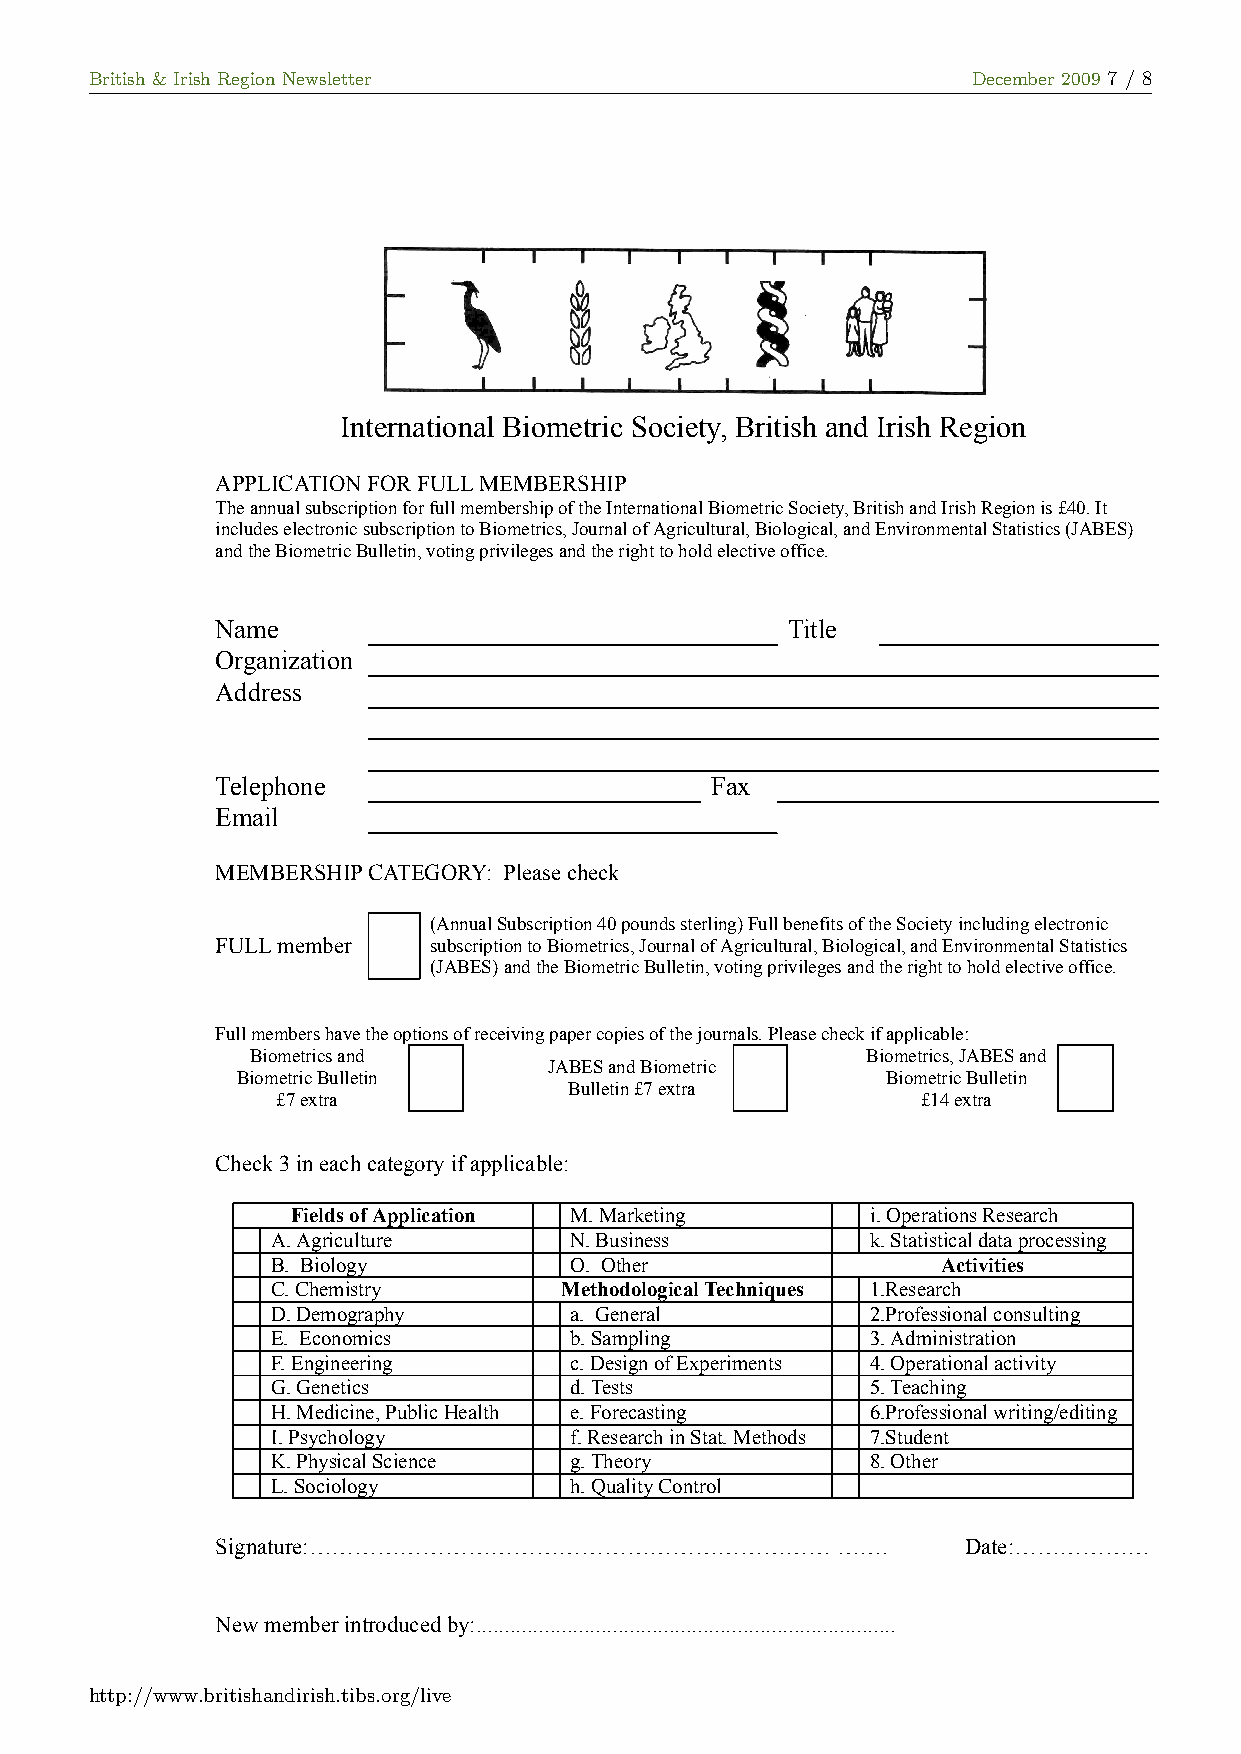
British & Irish Region Newsletter                         December 2009 7 / 8
 International Biometric Society, British and Irish Region
 APPLICATION FOR FULL MEMBERSHIP
 The annual subscription for full membership of the International Biometric Society, British and Irish Region is £40. It
 includes electronic subscription to Biometrics, Journal of Agricultural, Biological, and Environmental Statistics (JABES)
 and the Biometric Bulletin, voting privileges and the right to hold elective office.
 Name                                  Title
 Organization
 Address
 Telephone                        Fax
 Email
 MEMBERSHIP CATEGORY: Please check
 (Annual Subscription 40 pounds sterling) Full benefits of the Society including electronic
 FULL member   subscription to Biometrics, Journal of Agricultural, Biological, and Environmental Statistics
 (JABES) and the Biometric Bulletin, voting privileges and the right to hold elective office.
 Full members have the options of receiving paper copies of the journals. Please check if applicable:
 Biometrics and                          Biometrics, JABES and
 JABES and Biometric
 Biometric Bulletin                         Biometric Bulletin
 Bulletin £7 extra
 £7 extra                                   £14 extra
 Check 3 in each category if applicable:
 Fields of Application M. Marketing     i. Operations Research
 A. Agriculture      N. Business         k. Statistical data processing
 B. Biology          O. Other                Activities
 C. Chemistry       Methodological Techniques 1.Research
 D. Demography       a. General          2.Professional consulting
 E. Economics        b. Sampling         3. Administration
 F. Engineering      c. Design of Experiments 4. Operational activity
 G. Genetics         d. Tests            5. Teaching
 H. Medicine, Public Health e. Forecasting 6.Professional writing/editing
 I. Psychology       f. Research in Stat. Methods 7.Student
 K. Physical Science g. Theory           8. Other
 L. Sociology        h. Quality Control
 Signature:……………………………………………………………        …….      Date:………………
 New member introduced by:..........................................................................
 http://www.britishandirish.tibs.org/live